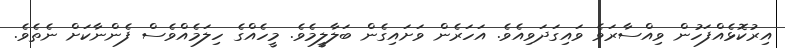
އިރުކޮޅެއްފަހުން ވިއްސާރަވެ ވައިގަދަވިއެވެ. އަހަރެން ވަށައިގެން ބަލާލީމެވެ. މީހެއްގެ ހިލަމެއްވެސް ފެންނާކަށް ނެތެވެ.